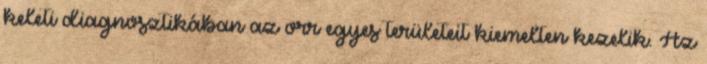
keleti diagnosztikában az orr egyes területeit kiemelten kezelik. Az